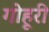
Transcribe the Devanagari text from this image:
गोहूरी